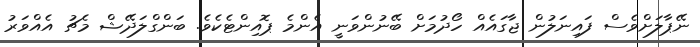
ނޭޕާލަށްވެސް ފައިނަލުން ޖާގައެއް ހޯދުމަށް ބޭނުންވަނީ އެންމެ ޕޮއިންޓެކެވެ. ބަންގްލަދޭޝް މެޗު އެއްވަރު